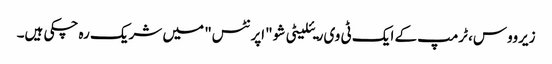
زیرووس، ٹرمپ کے ایک ٹی وی ریئلیٹی شو "اپرنٹس" میں شریک رہ چکی ہیں۔